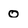
Character: 0